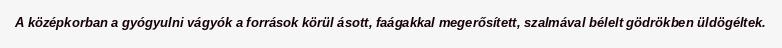
A középkorban a gyógyulni vágyók a források körül ásott, faágakkal megerősített, szalmával bélelt gödrökben üldögéltek.